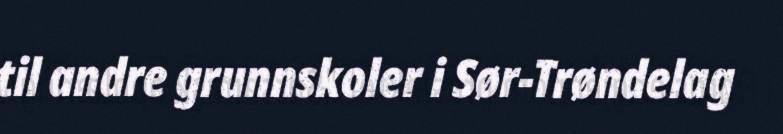
til andre grunnskoler i Sør-Trøndelag